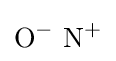
{\mathrm {O} {\vphantom {A}}^{-}~\mathrm {N} {\vphantom {A}}^{+}}